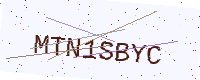
Text: MTN1SBYC